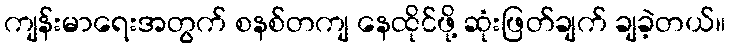
ကျန်းမာရေးအတွက် စနစ်တကျ နေထိုင်ဖို့ ဆုံးဖြတ်ချက် ချခဲ့တယ်။